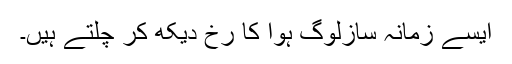
ایسے زمانہ سازلوگ ہوا کا رخ دیکھ کر چلتے ہیں۔